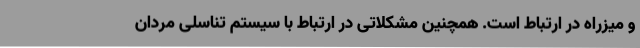
و میزراه در ارتباط است. همچنین مشکلاتی در ارتباط با سیستم تناسلی مردان